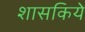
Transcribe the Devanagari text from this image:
शासकिये